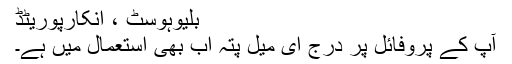
بلیوہوسٹ ، انکارپوریٹڈ
آپ کے پروفائل پر درج ای میل پتہ اب بھی استعمال میں ہے۔